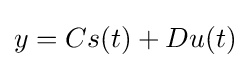
y=Cs(t)+Du(t)